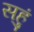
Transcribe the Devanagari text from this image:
सहुं